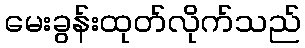
မေးခွန်းထုတ်လိုက်သည်